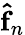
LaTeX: {\mathbf{\hat{f}}}_{n}